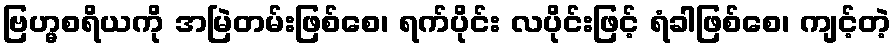
ဗြဟ္မစရိယကို အမြဲတမ်းဖြစ်စေ၊ ရက်ပိုင်း လပိုင်းဖြင့် ရံခါဖြစ်စေ၊ ကျင့်တဲ့